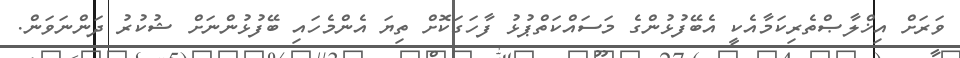
ވަރަށް އިޚްލާޞްތެރިކަމާއެކީ އެބޭފުޅުންގެ މަސައްކަތްޕުޅު ފާހަގަކޮށް ތިޔަ އެންމެހައި ބޭފުޅުންނަށް ޝުކުރު ދަންނަވަން.